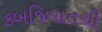
કબજિયાતથી